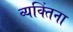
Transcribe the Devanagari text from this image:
व्यक्‍तिंना